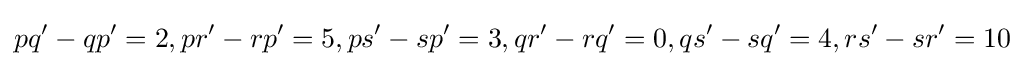
pq^{\prime }-qp^{\prime }=2,pr^{\prime }-rp^{\prime }=5,ps^{\prime }-sp^{\prime }=3,qr^{\prime }-rq^{\prime }=0,qs^{\prime }-sq^{\prime }=4,rs^{\prime }-sr^{\prime }=10